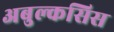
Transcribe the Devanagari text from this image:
अबुल्कसिस